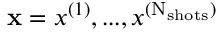
\mathbf x = x ^ { ( 1 ) } , . . . , x ^ { ( \mathrm N _ { \mathrm { s h o t s } } ) }